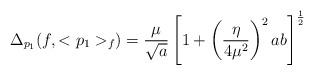
LaTeX: \begin{align*}\Delta_{p_1} (f, <p_1>_f) = \frac{\mu}{\sqrt{a}} \left[1 + \left(\frac{\eta}{4 \mu^2} \right)^2 ab \right]^{\frac{1}{2}}\end{align*}